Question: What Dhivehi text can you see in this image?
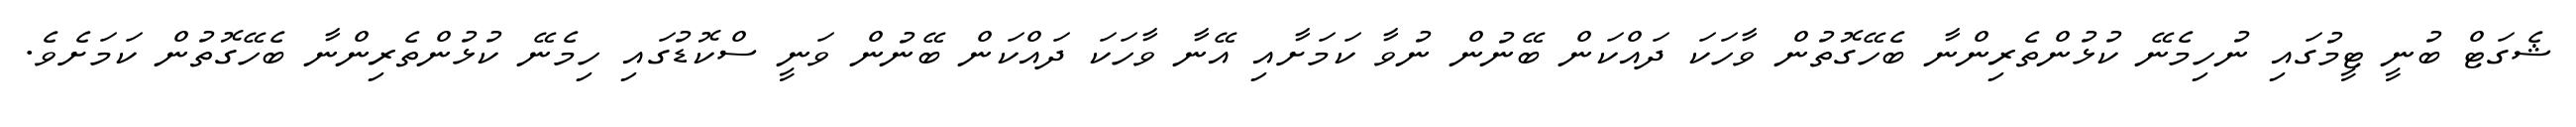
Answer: ޝެގަޓް ބުނީ ޓީމުގައި ނުހިމެނޭ ކުޅުންތެރިންނާ ބެހޭގޮތުން ވާހަކަ ދައްކަން ބޭނުން ނުވާ ކަމަށާއި އޭނާ ވާހަކަ ދައްކަން ބޭނުން ވަނީ ސްކޮޑުގައި ހިމެނޭ ކުޅުންތެރިންނާ ބެހޭގޮތުން ކަމަށެވެ.